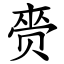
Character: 赍